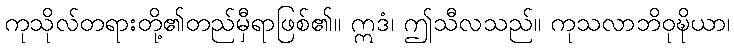
ကုသိုလ်တရားတို့၏တည်မှီရာဖြစ်၏။ ဣဒံ၊ ဤသီလသည်။ ကုသလာဘိဝုဍ္ဎိယာ၊